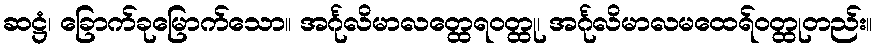
ဆဋ္ဌံ၊ ခြောက်ခုမြောက်သော။ အင်္ဂုလိမာလတ္ထေရဝတ္ထု၊ အင်္ဂုလိမာလမထေရ်ဝတ္ထုတည်း။